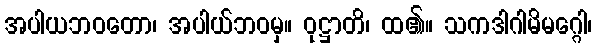
အပါယဘဝတော၊ အပါယ်ဘဝမှ။ ဝုဋ္ဌာတိ၊ ထ၏။ သကဒါဂါမိမဂ္ဂေါ၊